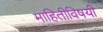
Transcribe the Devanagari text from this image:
माहितीविषयी